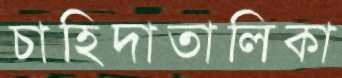
চাহিদাতালিকা